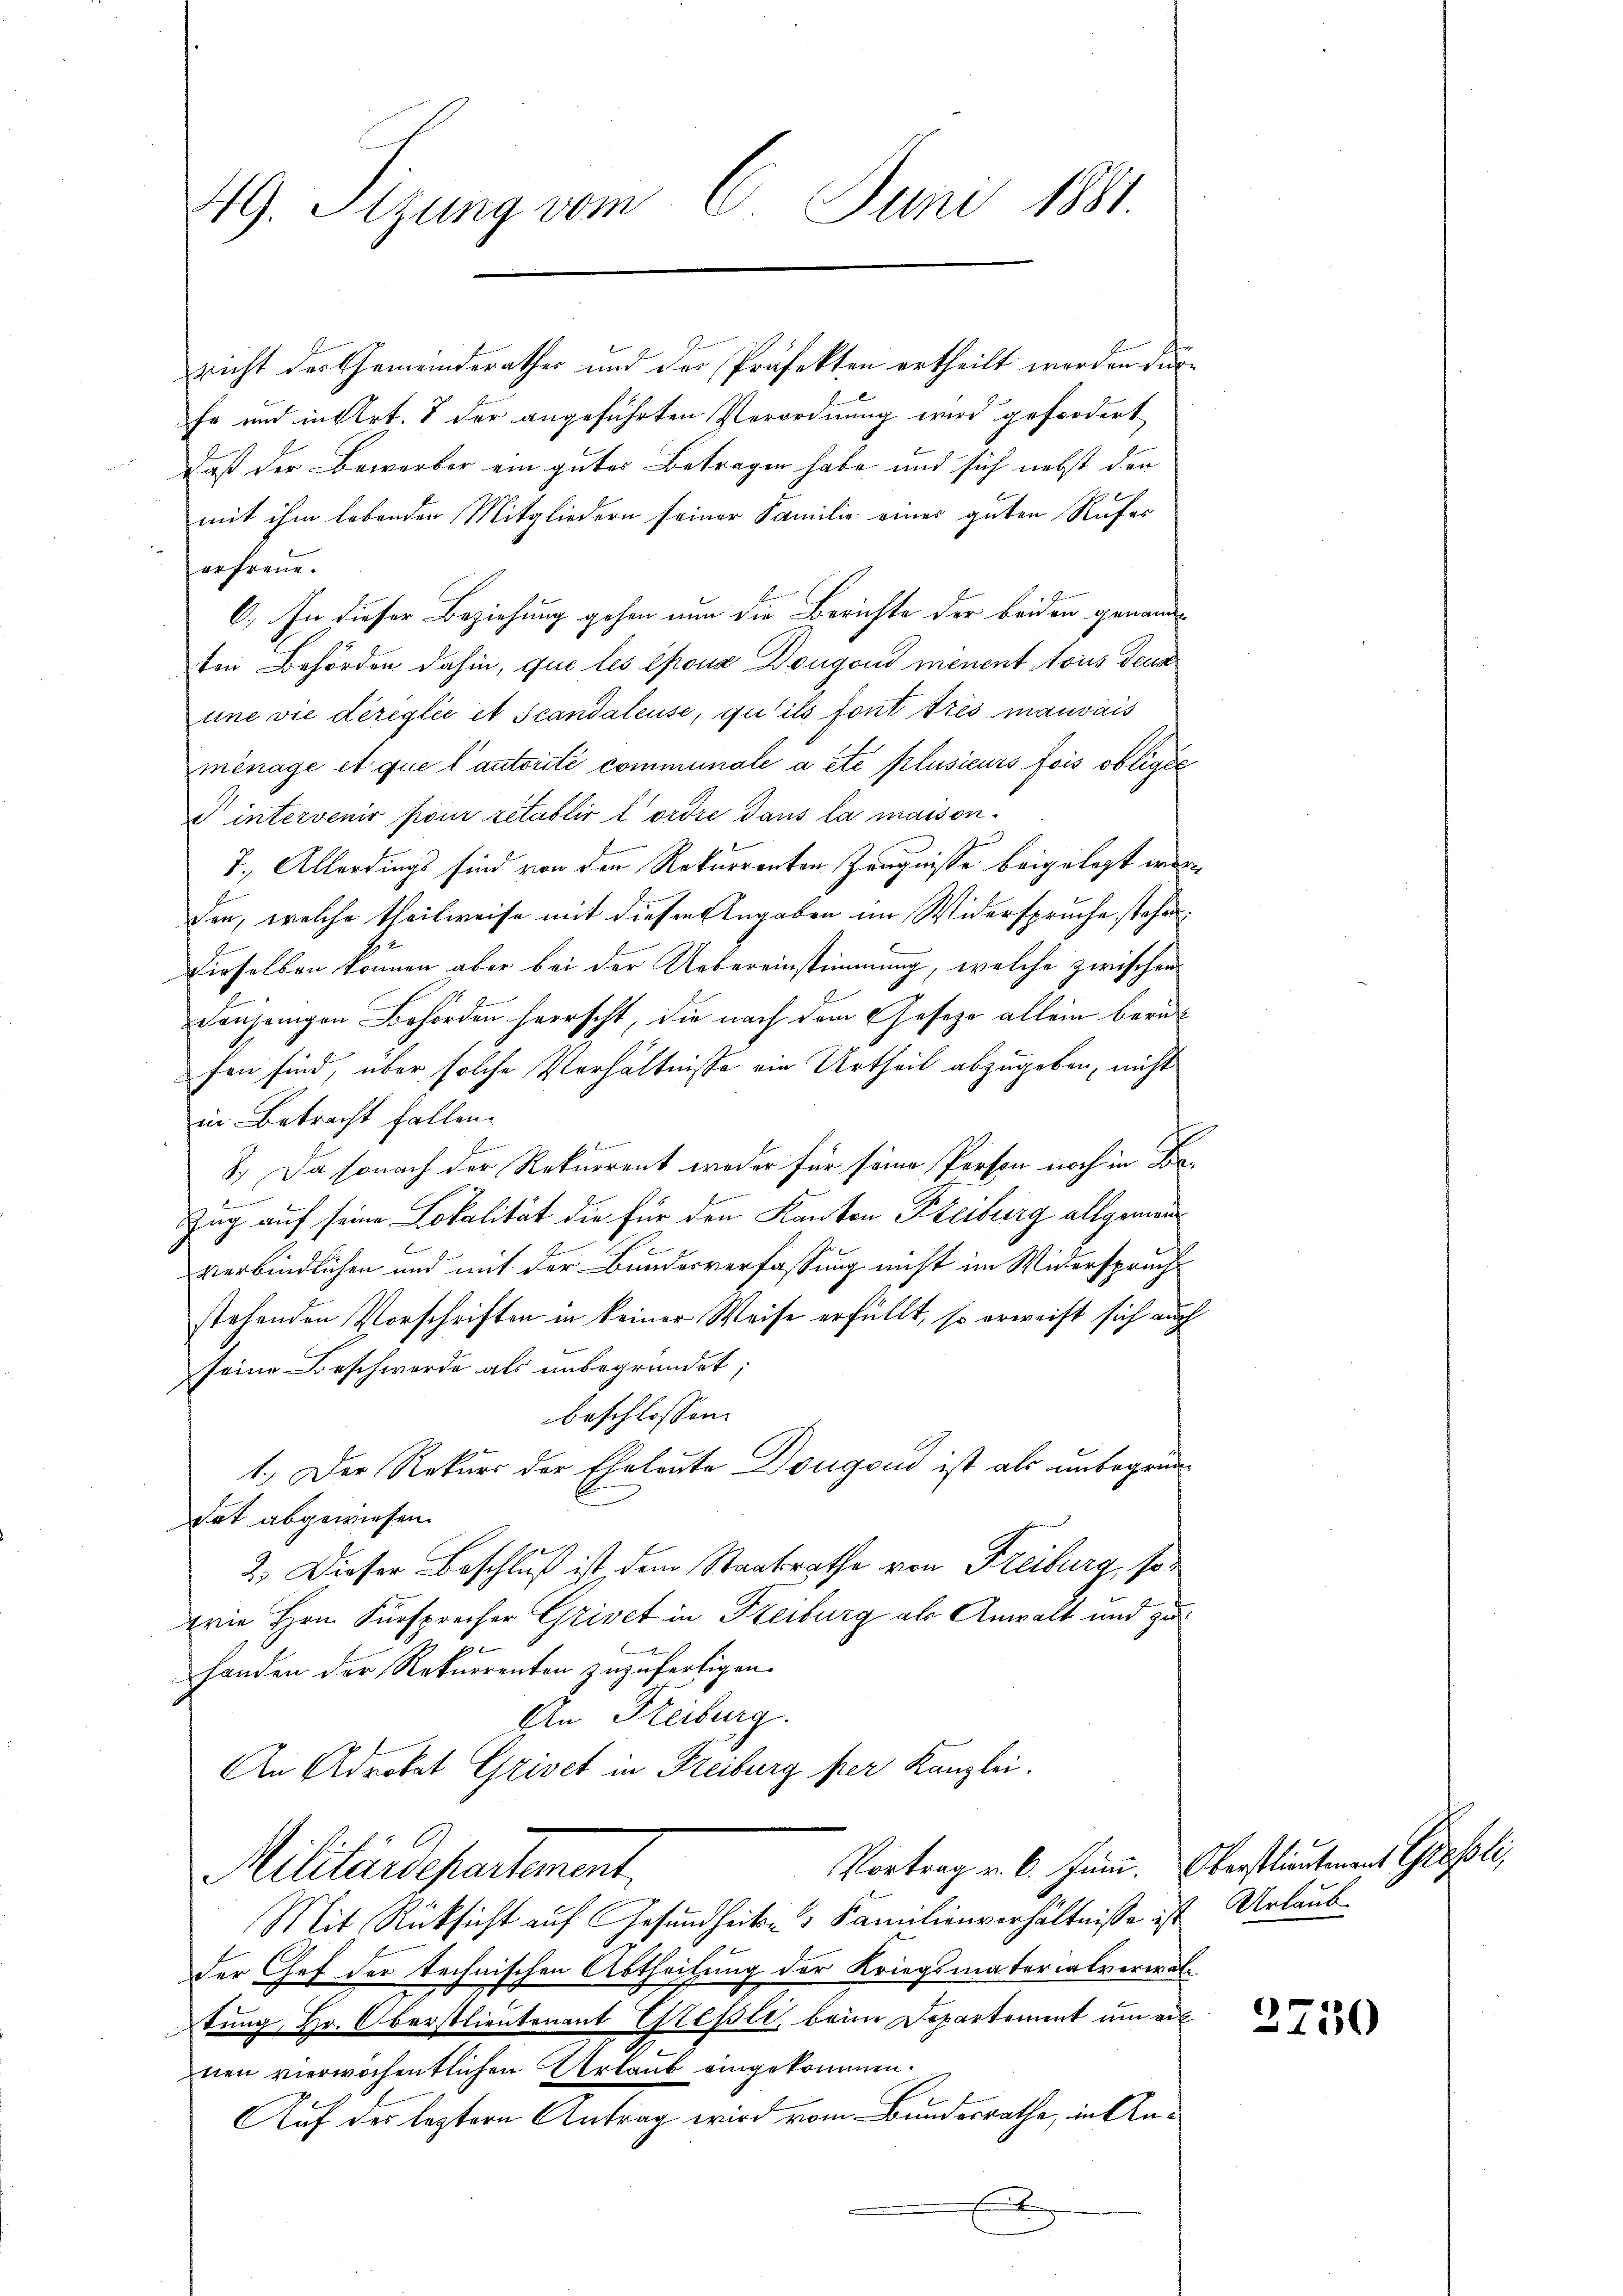
49. Sizung vom 6. Juni 1881.

richt der Gemeindsrathes und des Präfekten ertheilt werden dür¬
Er und in Art. 8 der angeführten Verordnung wird gefordert
Daß der Bewerber ein gutes Betragen habe und sich nebst den
mit ihm lebenden Mitgliedern seiner Familie einer guten Rufer
erfreue.
6. In dieser Beziehung gehen nun die Berichte der beiden gewandten Behörden dahin, que les épona Dougond menent tous deut
une vie dereglie et Scandaleuse, qu’ils font très mauvais
ménage et que l’autorité communale a été plusieurs fois obligée
c intervenir pour rétablir l’ordre dans la maison.
7., Allerdings sind von den Rekurrenten Zeugnisse beigelegt worden, welche theilweise mit diesen Angaben im Widerspruche stehen
Dieselben können aber bei der Uebereinstimmung, welche zwischen
denjenigen Behörden herrscht, die nach dem Geseze allein berufen sind, über solche Verhältnisse ein Urtheil abzugeben, nicht
in Betracht fallen.
f
8., Da sonach der Rekurrent weder für seine Person noch in Be¬
Zug auf seine Lokalität die für den Kanton Freiburg allgemein
verbindlichen und mit der Bundesverfassung nicht im Widerspruchs
stehenden Vorschriften in keiner Weise erfüllt, so erweist sich auch
seine Beschwerde als unbegründet;
beschlossen:
1.) Der Rekurs der Eheleute Dougend ist als unbegrüntat abgewiesen.
2. Dieser Beschluß ist, dem Staatsrathe von Freiburg, sowie Hrn. Fürsprecher Grivet in Freiburg als Anwalt und zu
b
handen der Rekurrenten zuzufertigen.
An Freiburg.
An Adrokat Grivet in Freiburg per Kanzlei.
Vortrag v. 6. Juni. Oberstlieutenant Giesli,
Militärdepartement.
Mit Rücksicht auf Gesundheits- Familienverhältnisse ist Urlaubder Gef der technischen Abtheilung der Kriegsmaterialverwaltung, Hr. Oberstlieutenant Giesli, beim Departement um ei
nen vierwöchentlichen Urlaub eingekommen.
Auf der leztern Antrag wird vom Bundesrathe, in Anf

2750